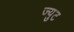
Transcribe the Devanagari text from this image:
ज्युट